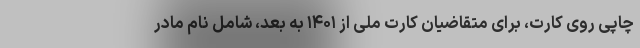
چاپی روی کارت، برای متقاضیان کارت ملی از ۱۴۰۱ به بعد، شامل نام مادر